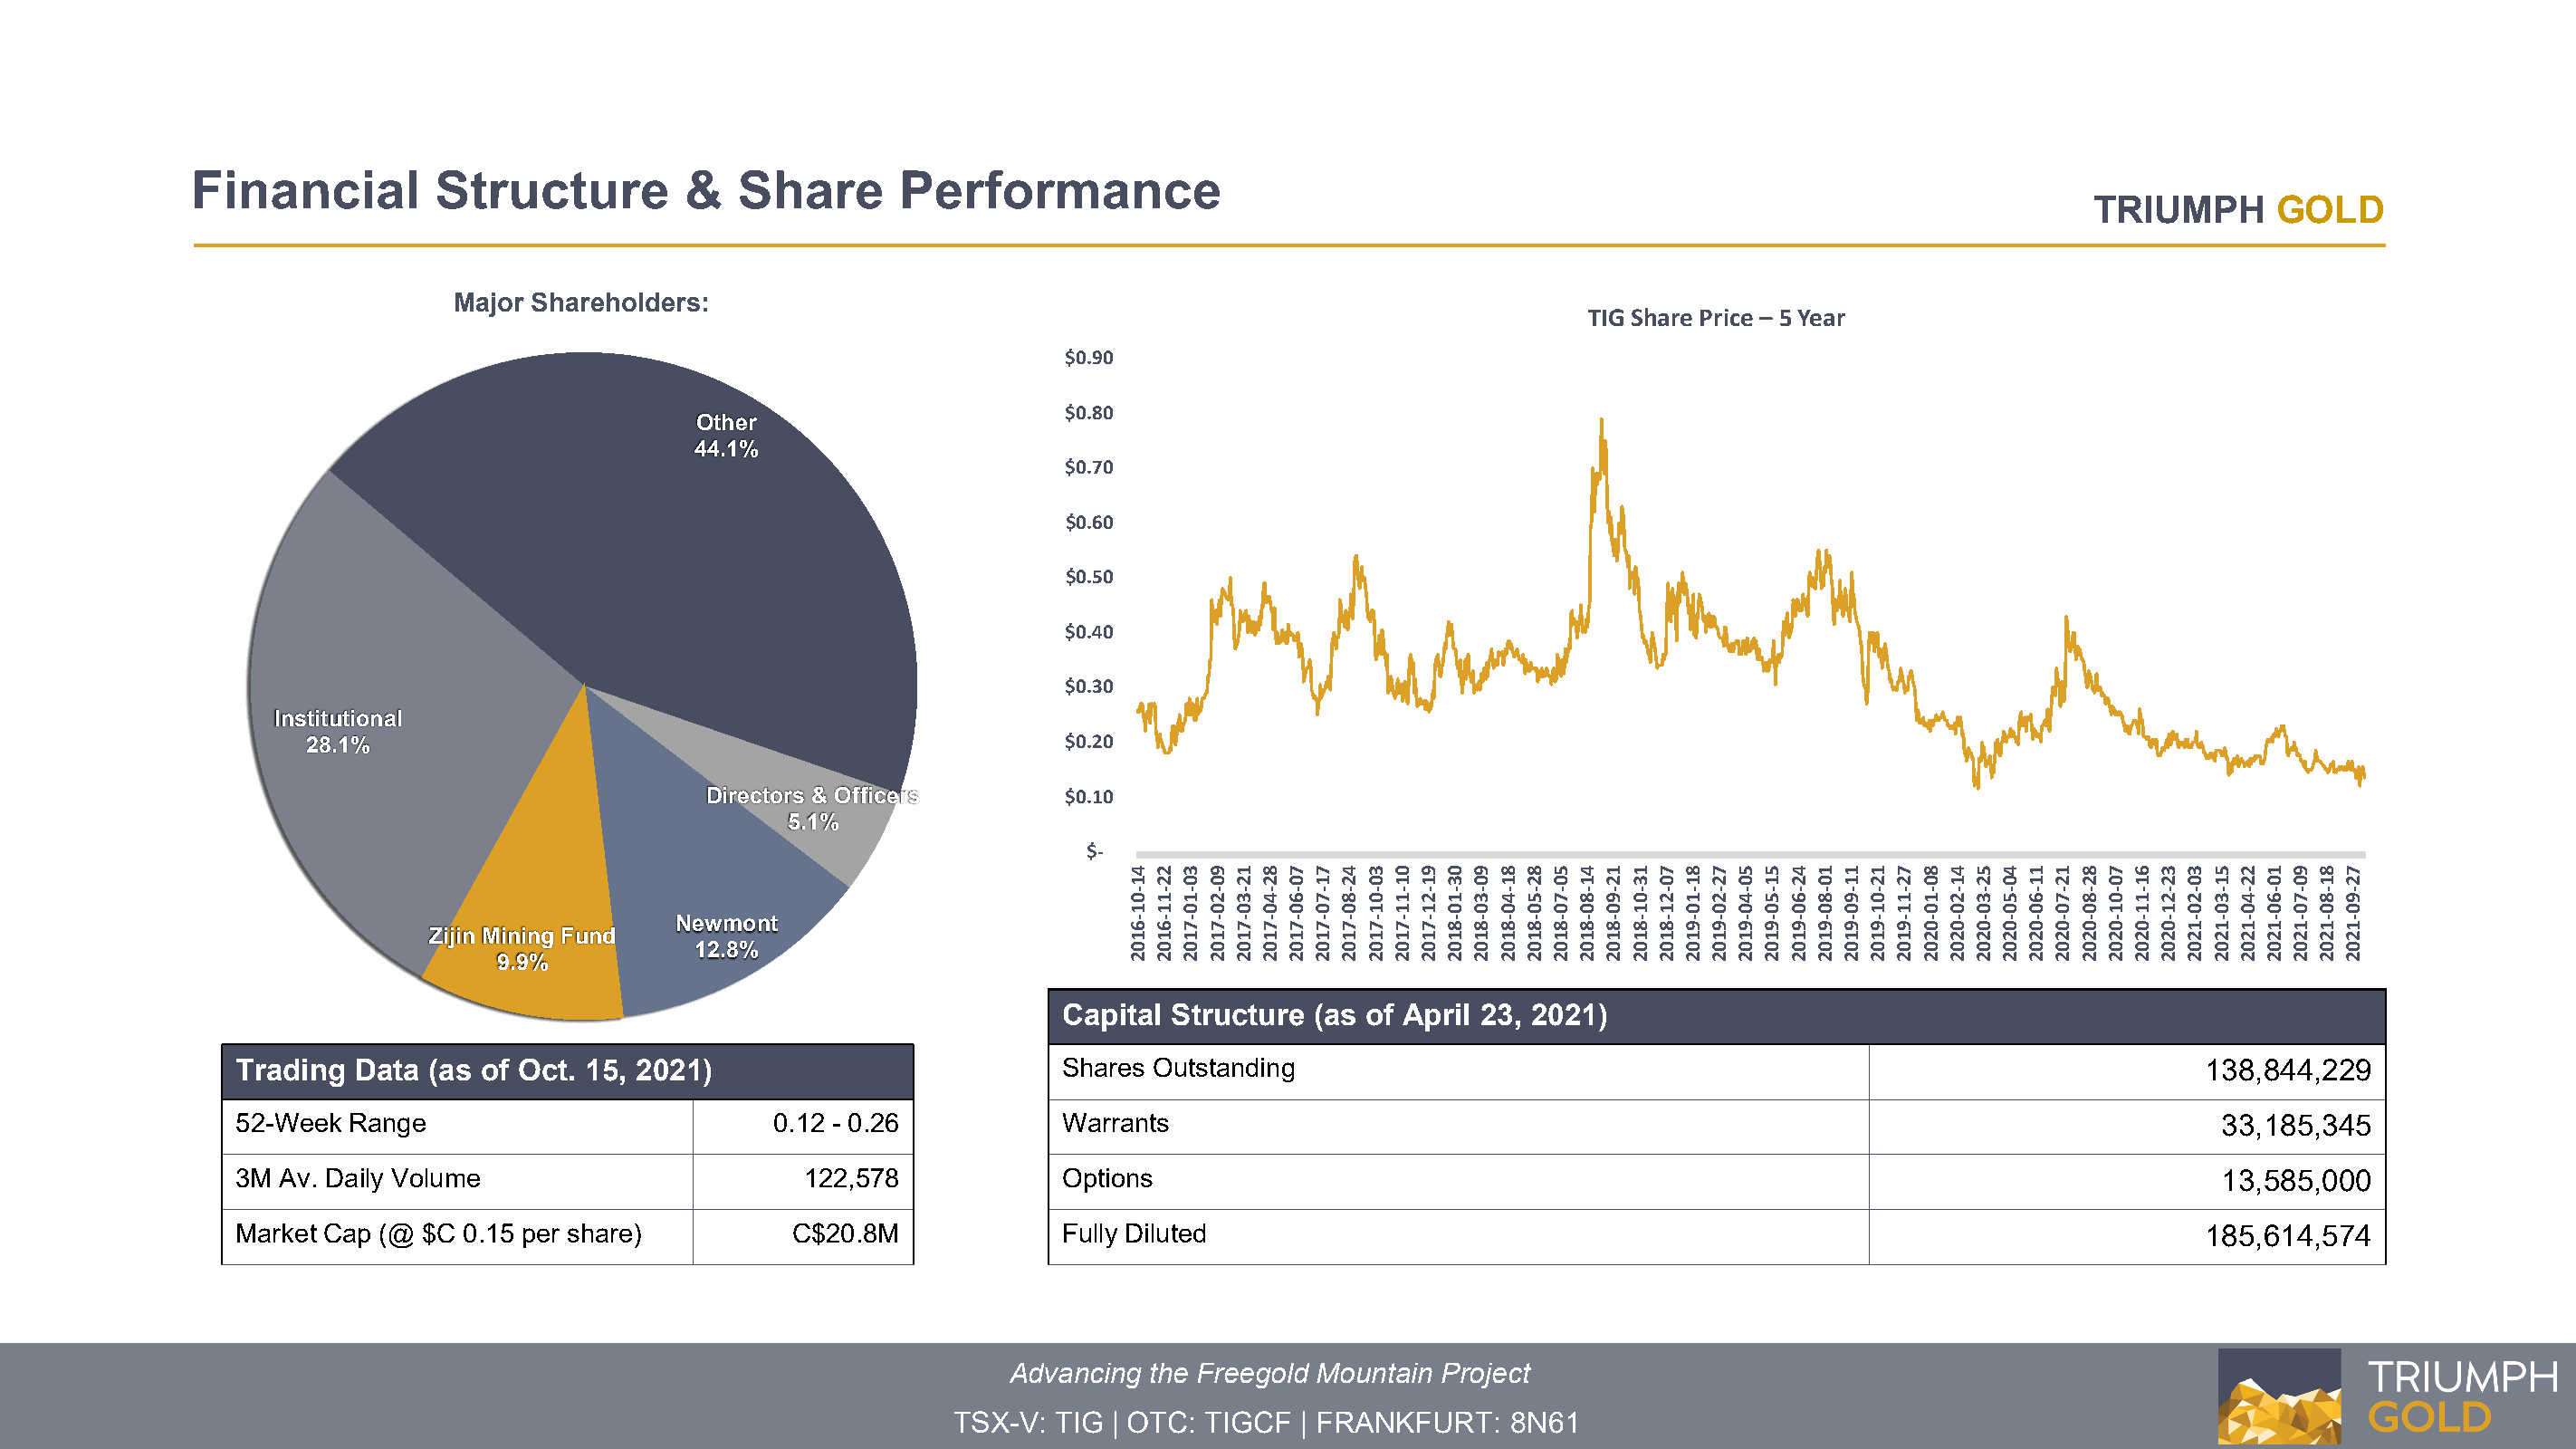
Financial         Structure         &   Share       Performance
 TRIUMPH      GOLD
 Major Shareholders:
 TIG Share Price – 5 Year
 $0.90
 $0.80
 Other
 44.1%
 $0.70
 $0.60
 $0.50
 $0.40
 $0.30
 Institutional
 28.1%                                                   $0.20
 Directors & Officers      $0.10
 5.1%
 $-
 Newmont
 Zijin Mining Fund
 12.8%
 9.9%
 Capital Structure (as of April 23, 2021)
 Trading  Data (as of Oct. 15, 2021)                          Shares Outstanding                                                                 138,844,229
 52-Week Range                           0.12 - 0.26          Warrants                                                                            33,185,345
 3M Av. Daily Volume                       122,578            Options                                                                             13,585,000
 Market Cap (@ $C 0.15 per share)         C$20.8M             Fully Diluted                                                                      185,614,574
 Advancing the Freegold Mountain Project
 TSX-V: TIG | OTC: TIGCF  | FRANKFURT:   8N61
 41-01-6102 22-11-6102 30-10-7102 90-20-7102 12-30-7102 82-40-7102 70-60-7102 71-70-7102 42-80-7102 30-01-7102 01-11-7102 91-21-7102 03-10-8102 90-30-8102 81-40-8102 82-50-8102 50-70-8102 41-80-8102 12-90-8102 13-01-8102 70-21-8102 81-10-9102 72-20-9102 50-40-9102 51-50-9102 42-60-9102 10-80-9102 11-90-9102 12-01-9102 72-11-9102 80-10-0202 41-20-0202 52-30-0202 40-50-0202 11-60-0202 12-70-0202 82-80-0202 70-01-0202 61-11-0202 32-21-0202 30-20-1202 51-30-1202 22-40-1202 10-60-1202 90-70-1202 81-80-1202 72-90-1202